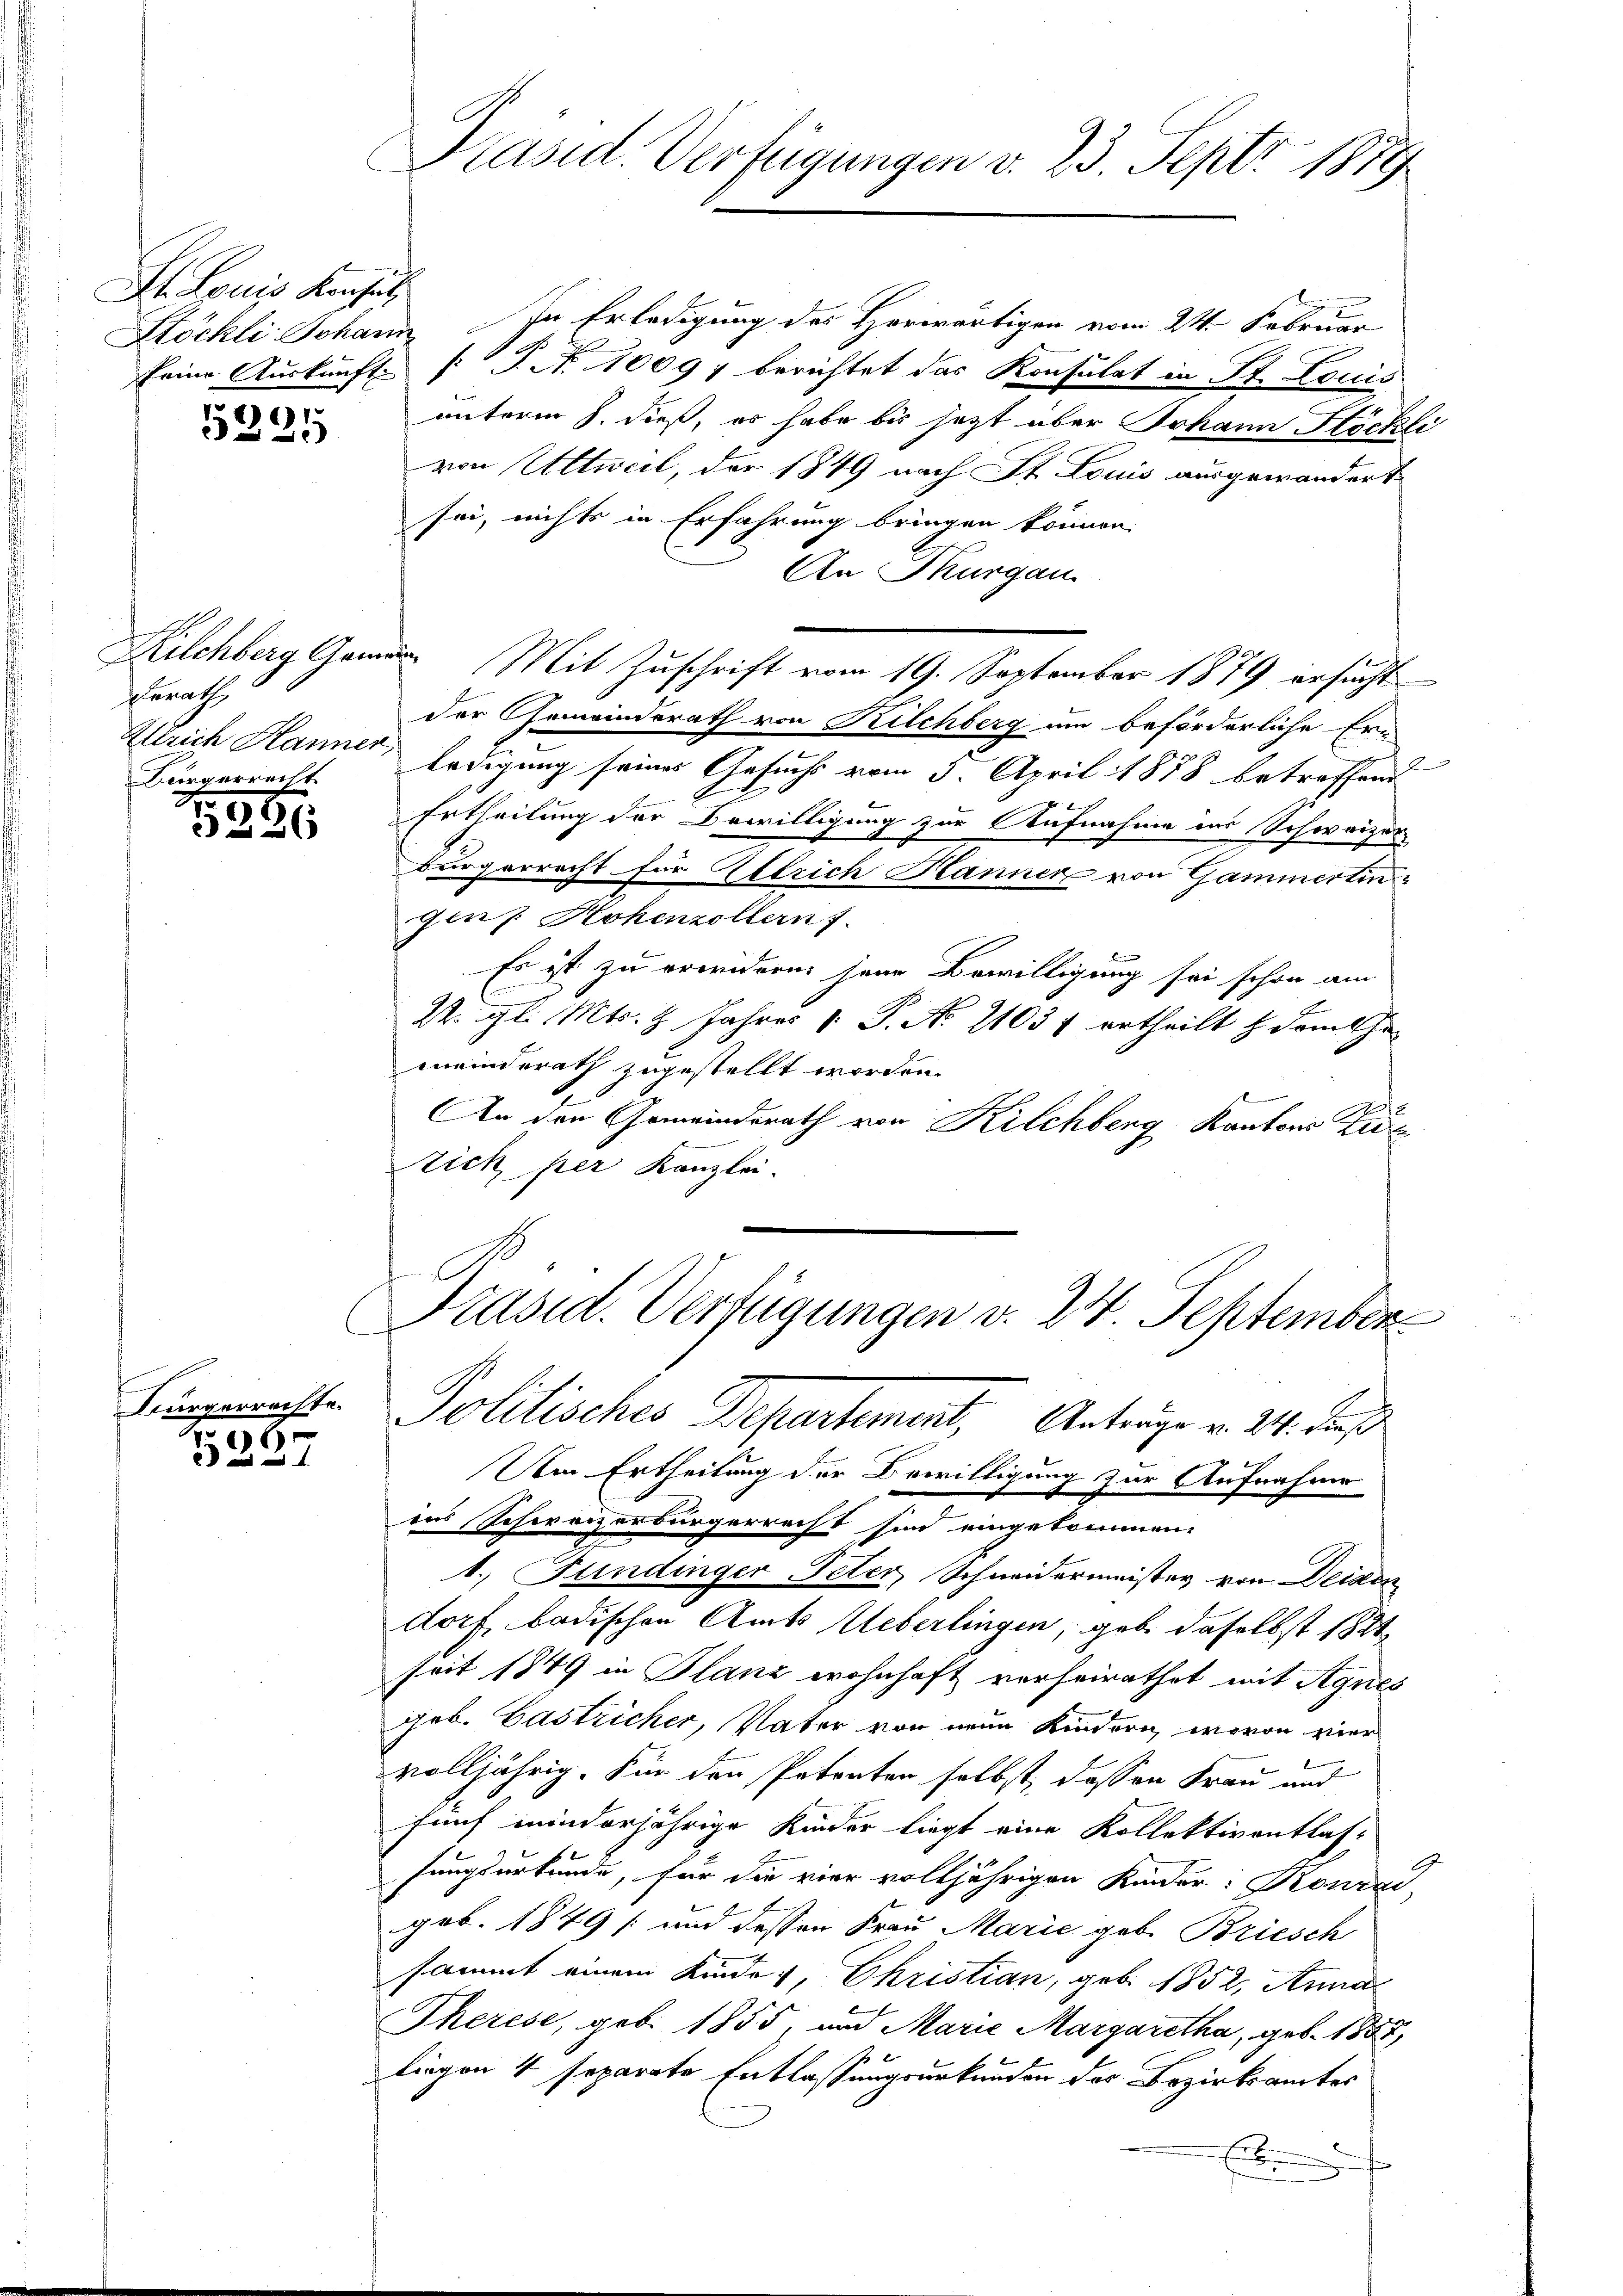
St. Louis Konsul

5235

Gerrath
Ullrich Hanner,
Bürgerrecht

5226

Bürgerrechte.
5
3237

Präsid. Verfügungen v. 23. Sept. 1819

Stöckli Johann. In Erledigung des Herwärtigen vom 24. Februar
keine Auskunft (T. N. 10097 berichtet das Konsulat in St. Louis
unterm 8. dieß, es habe bis jezt über Johann Höckli
von Ultweil, der 1849 nach St. Louis ausgewandert
sei, nichts in Erfahrung bringen können.
An Thurgau
Kilchberg Gam Mit Zuschrift vom 19. September 1879 ersucht
der Gemeinderath von Kilchberg um beförderliche Er-
ledigung seines Gesuchs vom 3. April 1878 betreffend
2
Ertheilung der Bewilligung zur Aufnahme aus Schweizer
bürgerrecht für Ellrich Hanner von Gammertin
gen: Hohenzollern.
Es ist zu erwidern jene Bewilligung sei schon am
22. gl. Mts. 2 Jahres 1. P. Nr. 21037 ertheilt dem the
meinderath zugestellt worden.
An den Gemeindsrath von Kilchberg, Kantons Zür
ich per Kanzlei.

Präsid. Verfügungen v. 24. September
Politisches Departement, Antrage v. 311. daß

Um Ertheilung der Bewilligung zur Aufnahme
ins Schweizerbürgerrecht sind eingekommen.
1. Fundinger Peter, Schneidermeister von Deinen
dorf, badischen Amts Ueberlingen, gab daselbst 1821
seit 1849 in Planz wohnhaft verheirathet mit Agnes
geb. Gastricher, Vater von neun Kindern, wovon vier
volljährig. Für den Petenten selbst, dessen Frau und
fünf ininderjährige Kinder liegt eine Kollektiventlas-
sungsurkunde, für die vier volljährigen Kinder: Konrad
geb. 1849 und dessen Frau Marie geb. Briesch
sammt einem Kinder, Christian, geb. 1852, Anna
Therese, geb. 1855, und Marie Margaretha, geb. 1858,
liegen 4 separrte Entlassungsurkunden des Bezirksamtes
e
E